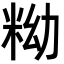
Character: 𥹱